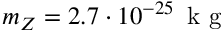
m _ { Z } = 2 . 7 \cdot 1 0 ^ { - 2 5 } \, \mathrm { ~ k ~ g ~ }